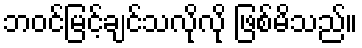
ဘဝင်မြင့်ချင်သလိုလို ဖြစ်မိသည်။